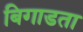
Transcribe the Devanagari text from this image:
बिगाडता